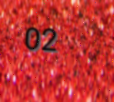
02